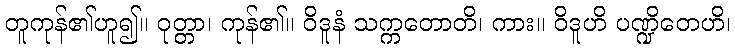
တူကုန်၏ဟူ၍။ ဝုတ္တာ၊ ကုန်၏။ ဝိဒူနံ သက္ကတောတိ၊ ကား။ ဝိဒူဟိ ပဏ္ဍိတေဟိ၊